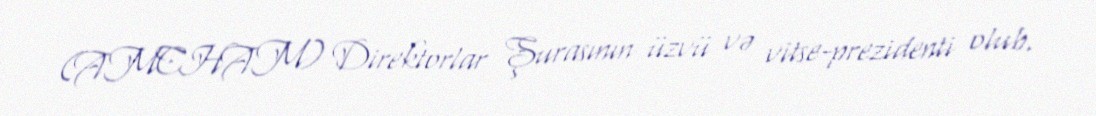
(AMCHAM) Direktorlar Şurasının üzvü və vitse-prezidenti olub.